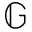
\mathbb G